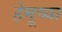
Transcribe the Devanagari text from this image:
हेमूच्या